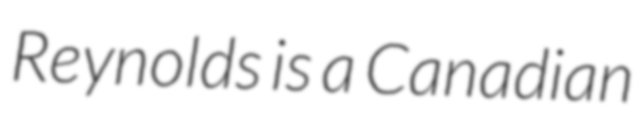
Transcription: Reynolds is a Canadian